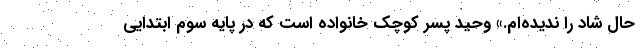
حال شاد را ندیده‌ام.» وحید پسر کوچک خانواده است که در پایه سوم ابتدایی